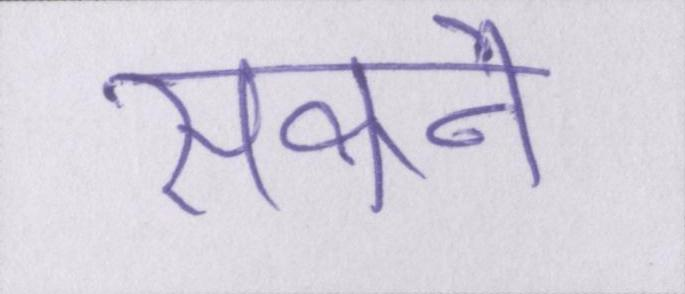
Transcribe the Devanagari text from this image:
सकने